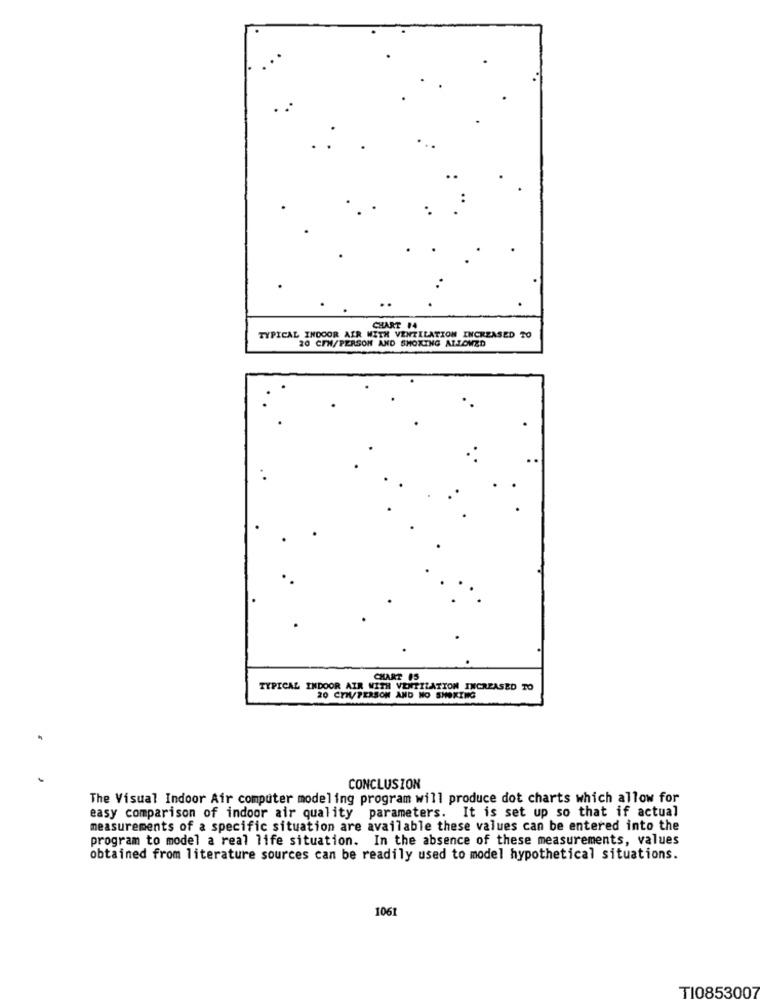
CHART 14
TYPICAL INDOOR AIR WITH VENTILATION INCREASED TO
20 CEN/PERSON AND SMOKING ALLOWED
CHART 15
TYPICAL INDOOR AIR WITH VENTILATION INCREASED TO
20 COM/PERSON AND NO SMOKING
CONCLUSION
The Visual Indoor Air computer modeling program will produce dot charts which allow for
easy comparison of indoor air quality parameters. It is set up so that if actual
measurements of a specific situation are available these values can be entered into the
program to model a real life situation. In the absence of these measurements, values
obtained from literature sources can be readily used to model hypothetical situations.
1061
TI0853007